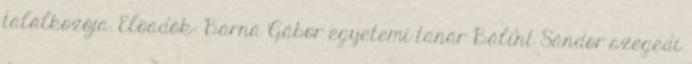
találkozója. Elõadók: Barna Gábor egyetemi tanár Bálint Sándor szegedi